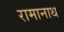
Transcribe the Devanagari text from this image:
रामानाथ